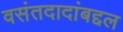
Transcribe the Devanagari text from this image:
वसंतदादांबद्दल